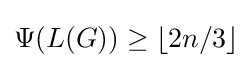
\Psi (L(G))\geq \lfloor 2n/3\rfloor